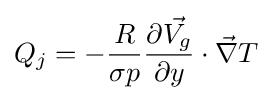
Q_{j}=-{\frac {R}{\sigma p}}{\frac {\partial {\vec {V_{g}}}}{\partial y}}\cdot {\vec {\nabla }}T